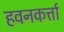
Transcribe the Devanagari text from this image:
हवनकर्त्ता